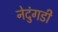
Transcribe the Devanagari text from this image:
नेदुंगडी